Report on sanitation, dispensaries, and jails in Rajputana for 1915, and on vaccination for the year 1915-1916 - 1915-1916
Year: 1915
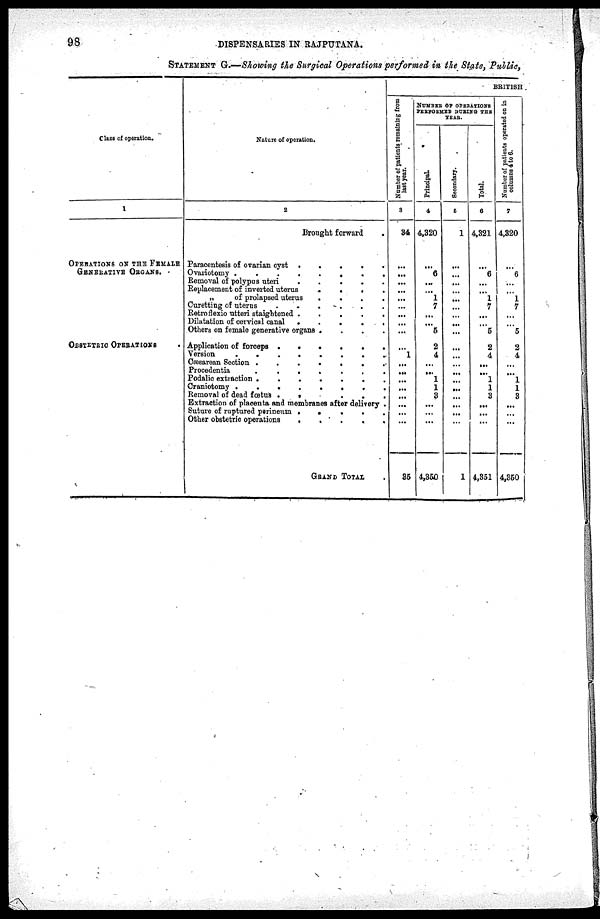
98
DISPENSARIES IN RAJPUTANA.
STATEMENT G.—Showing the Surgical Operations performed in the State, Public,
Class of operation.
1
OPERATIONS ON THE FEMALE
GENERATIVE ORGANS.
OBSTETRIC OPERATIONS .
Nature of operation,
2
Brought forward
.
Paracentesis of ovarian cyst
.
.
.
.
.
.
Ovariotomy . . . . . . . .
Removal of polypus uteri
.
.
.
.
.
.
Replacement of inverted uterus . . . . . .
„ of prolapsed uterus . . . . . .
Curetting of uterus
.
.
.
.
.
.
Retroflexio utteri staightened . . . . . .
Dilatation of cervical canal
.
.
.
.
.
.
Others on female generative organs . . . . . .
Application of forceps
.
.
.
.
.
.
Version
.
.
.
.
.
.
Cæsarean Section
.
.
.
.
.
.
Procedentia
.
.
.
.
.
.
Podalic extraction
.
.
.
.
.
.
Craniotomy
.
.
.
.
.
.
Removal of dead fœtus
.
.
.
.
.
.
Extraction of placenta and membranes after delivery .
Suture of ruptured perineum . . . . . .
Other obstetric operations
.
.
.
.
.
.
GRAND TOTAL .
BRITISH
Number of patients remaining from
last year.
3
34
...
...
...
...
...
...
...
...
...
...
1
...
...
...
...
...
...
...
...
35
NUMBER OF OPERATIONS
PERFORMED DURING THE
YEAR.
Principal.
4
4,320
...
6
...
...
1
7
...
...
5
2
4
...
...
1
1
3
...
...
...
4,350
Secondary.
5
1
...
...
...
...
...
...
...
...
...
...
...
...
...
...
...
...
...
...
...
1
Total.
6
4,321
...
6
...
...
1 7
...
...
5
2
4
...
...
1
1
3
...
...
...
4,351
Number of patients operated on in
columns 4 to 6.
7
4,320
...
6
...
...
1
7
...
...
5
2
4
...
...
1
1
3
...
...
...
4,350